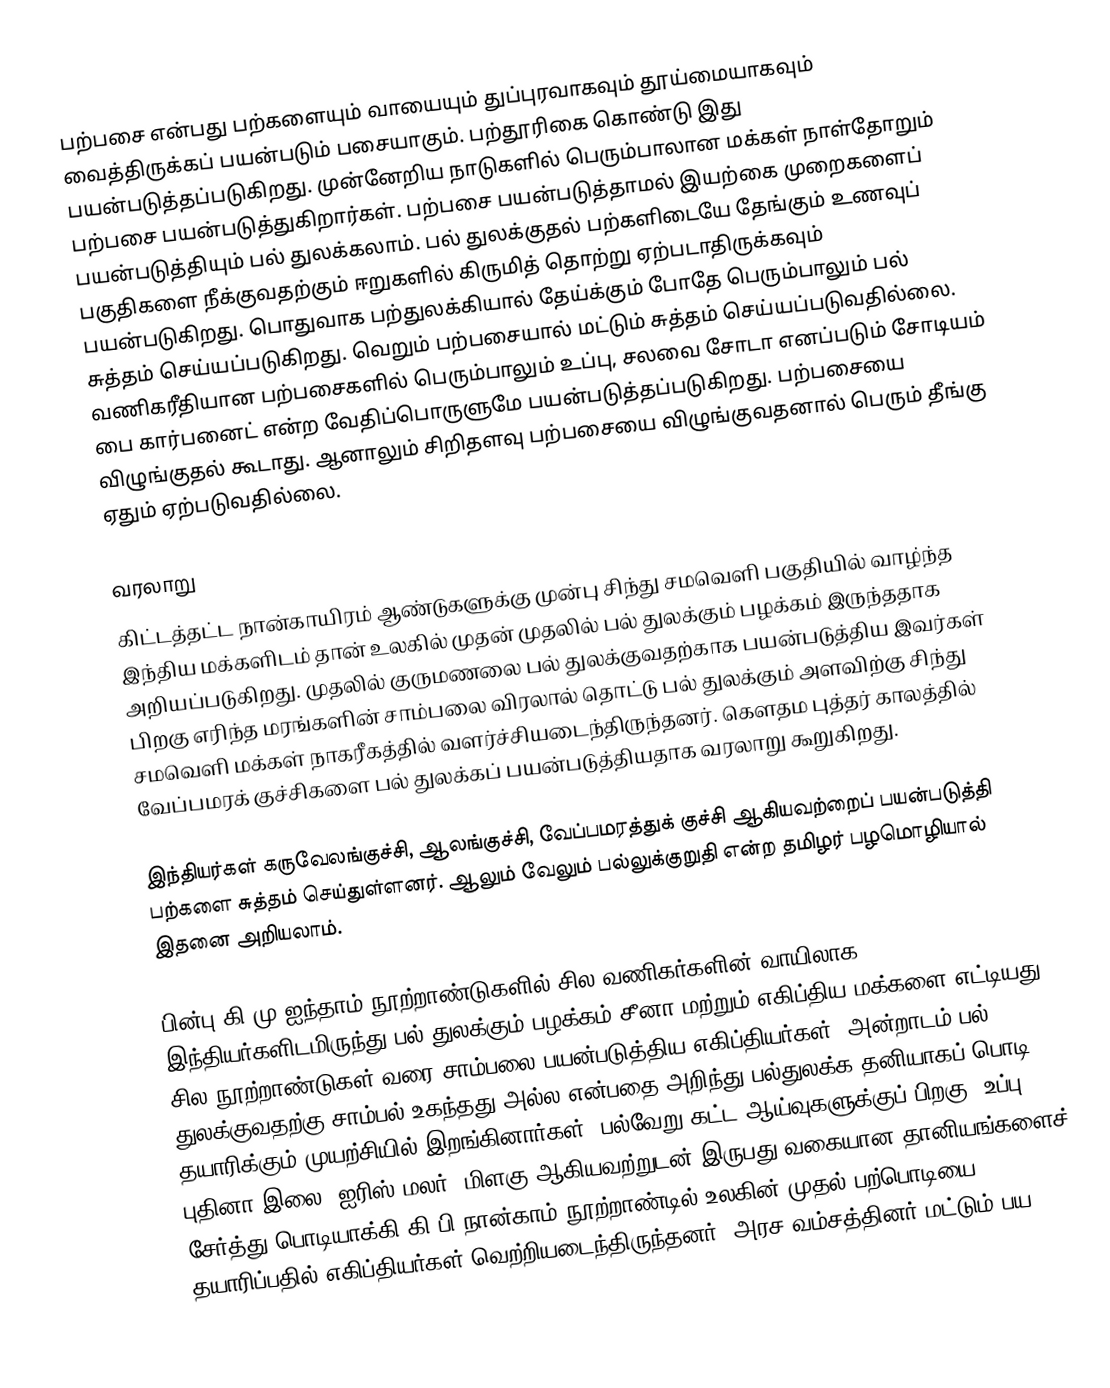
பற்பசை என்பது பற்களையும் வாயையும் துப்புரவாகவும் தூய்மையாகவும் வைத்திருக்கப் பயன்படும் பசையாகும். பற்தூரிகை கொண்டு இது பயன்படுத்தப்படுகிறது. முன்னேறிய நாடுகளில் பெரும்பாலான மக்கள் நாள்தோறும் பற்பசை பயன்படுத்துகிறார்கள். பற்பசை பயன்படுத்தாமல் இயற்கை முறைகளைப் பயன்படுத்தியும் பல் துலக்கலாம். பல் துலக்குதல் பற்களிடையே தேங்கும் உணவுப் பகுதிகளை நீக்குவதற்கும் ஈறுகளில் கிருமித் தொற்று ஏற்படாதிருக்கவும் பயன்படுகிறது. பொதுவாக பற்துலக்கியால் தேய்க்கும் போதே பெரும்பாலும் பல் சுத்தம் செய்யப்படுகிறது. வெறும் பற்பசையால் மட்டும் சுத்தம் செய்யப்படுவதில்லை. வணிகரீதியான பற்பசைகளில் பெரும்பாலும் உப்பு, சலவை சோடா எனப்படும் சோடியம் பை கார்பனைட் என்ற வேதிப்பொருளுமே பயன்படுத்தப்படுகிறது. பற்பசையை விழுங்குதல் கூடாது. ஆனாலும் சிறிதளவு பற்பசையை விழுங்குவதனால் பெரும் தீங்கு ஏதும் ஏற்படுவதில்லை.

வரலாறு
கிட்டத்தட்ட நான்காயிரம் ஆண்டுகளுக்கு முன்பு சிந்து சமவெளி பகுதியில் வாழ்ந்த இந்திய மக்களிடம் தான் உலகில் முதன் முதலில் பல் துலக்கும் பழக்கம் இருந்ததாக அறியப்படுகிறது. முதலில் குருமணலை  பல் துலக்குவதற்காக பயன்படுத்திய இவர்கள் பிறகு எரிந்த மரங்களின் சாம்பலை விரலால் தொட்டு பல் துலக்கும் அளவிற்கு சிந்து சமவெளி மக்கள் நாகரீகத்தில் வளர்ச்சியடைந்திருந்தனர். கெளதம புத்தர் காலத்தில் வேப்பமரக் குச்சிகளை பல் துலக்கப் பயன்படுத்தியதாக வரலாறு கூறுகிறது.

இந்தியர்கள் கருவேலங்குச்சி, ஆலங்குச்சி, வேப்பமரத்துக் குச்சி ஆகியவற்றைப் பயன்படுத்தி பற்களை சுத்தம் செய்துள்ளனர். ஆலும் வேலும் பல்லுக்குறுதி என்ற தமிழர் பழமொழியால் இதனை அறியலாம்.

பின்பு கி.மு ஐந்தாம் நூற்றாண்டுகளில் சில வணிகர்களின் வாயிலாக இந்தியர்களிடமிருந்து பல் துலக்கும் பழக்கம் சீனா மற்றும் எகிப்திய மக்களை எட்டியது. சில நூற்றாண்டுகள் வரை சாம்பலை பயன்படுத்திய எகிப்தியர்கள், அன்றாடம் பல் துலக்குவதற்கு சாம்பல் உகந்தது அல்ல என்பதை அறிந்து பல்துலக்க தனியாகப் பொடி தயாரிக்கும் முயற்சியில் இறங்கினார்கள். பல்வேறு கட்ட ஆய்வுகளுக்குப் பிறகு, உப்பு, புதினா இலை, ஐரிஸ் மலர், மிளகு ஆகியவற்றுடன் இருபது வகையான தானியங்களைச் சேர்த்து பொடியாக்கி கி.பி நான்காம் நூற்றாண்டில் உலகின் முதல் பற்பொடியை தயாரிப்பதில் எகிப்தியர்கள் வெற்றியடைந்திருந்தனர். அரச வம்சத்தினர் மட்டும் பய